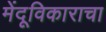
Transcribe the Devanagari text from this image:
मेंदूविकाराचा